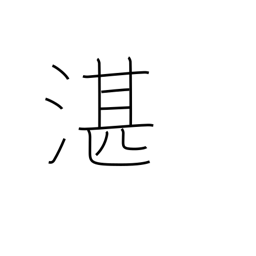
Meaning: deep